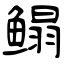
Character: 鳎